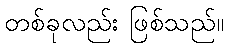
တစ်ခုလည်း ဖြစ်သည်။